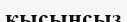
қысынсыз